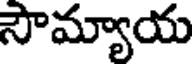
సౌమ్యాయ